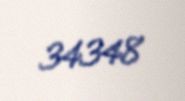
34348